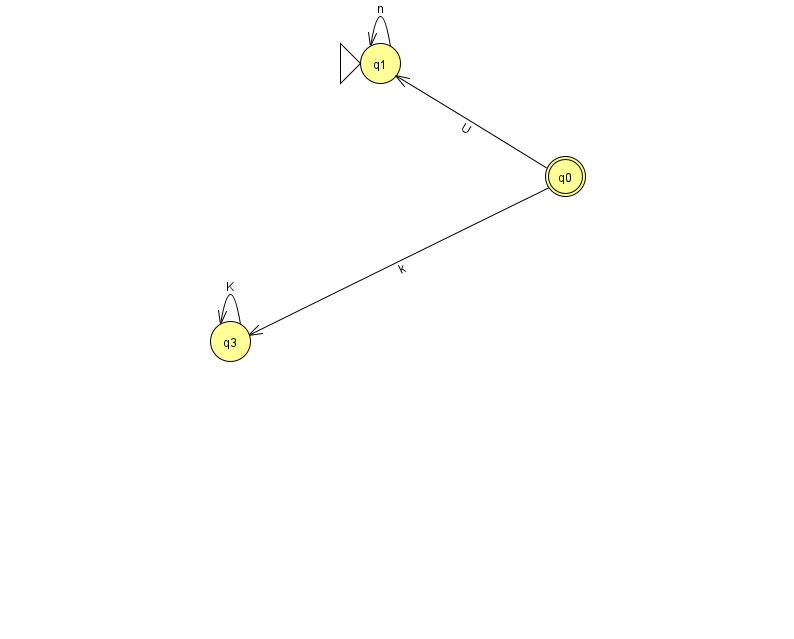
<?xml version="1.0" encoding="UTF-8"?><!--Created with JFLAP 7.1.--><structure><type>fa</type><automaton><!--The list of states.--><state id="0" name="q0"><x>565.0</x><y>163.0</y><final/></state><state id="1" name="q1"><x>380.0</x><y>50.0</y><initial/></state><state id="3" name="q3"><x>230.0</x><y>328.0</y></state><!--The list of transitions.--><transition><from>0</from><to>1</to><read>U</read></transition><transition><from>3</from><to>3</to><read>K</read></transition><transition><from>1</from><to>1</to><read>n</read></transition><transition><from>0</from><to>3</to><read>k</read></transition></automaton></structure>